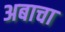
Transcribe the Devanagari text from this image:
अबाचा